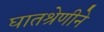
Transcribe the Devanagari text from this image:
घातश्रेणीने